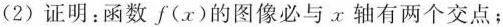
(2)证明：函数f(x)的图像必与x轴有两个交点；